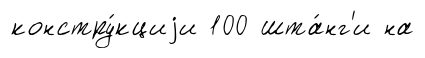
констру́кциjи 100 шта́нг'и на